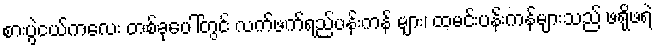
စားပွဲငယ်ကလေး တစ်ခုပေါ်တွင် လက်ဖက်ရည်ပန်းကန် များ၊ ထမင်းပန်းကန်များသည် ဖရိုဖရဲ